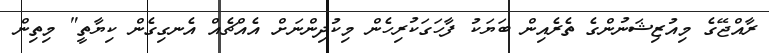
ރާއްޖޭގެ މިއުޒިޝަނުންގެ ތެރެއިން ބަޔަކު ފާހަގަކުރިހެން މިކުދިންނަށް އެއްޗެއް އެނގިގެން ކިޔާތީ" މިތިން